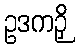
ဥဒကဉှိ